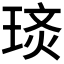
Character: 𭹡